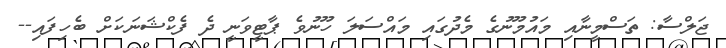
ޖަލްސާ: ތަސްމީނާއި މައުމޫނުގެ މެދުގައި މައްސަލަ ހޫނުވެ ޕާޓީވަނީ ދެ ފެކްޝަނަކަށް ބެހިފައި--